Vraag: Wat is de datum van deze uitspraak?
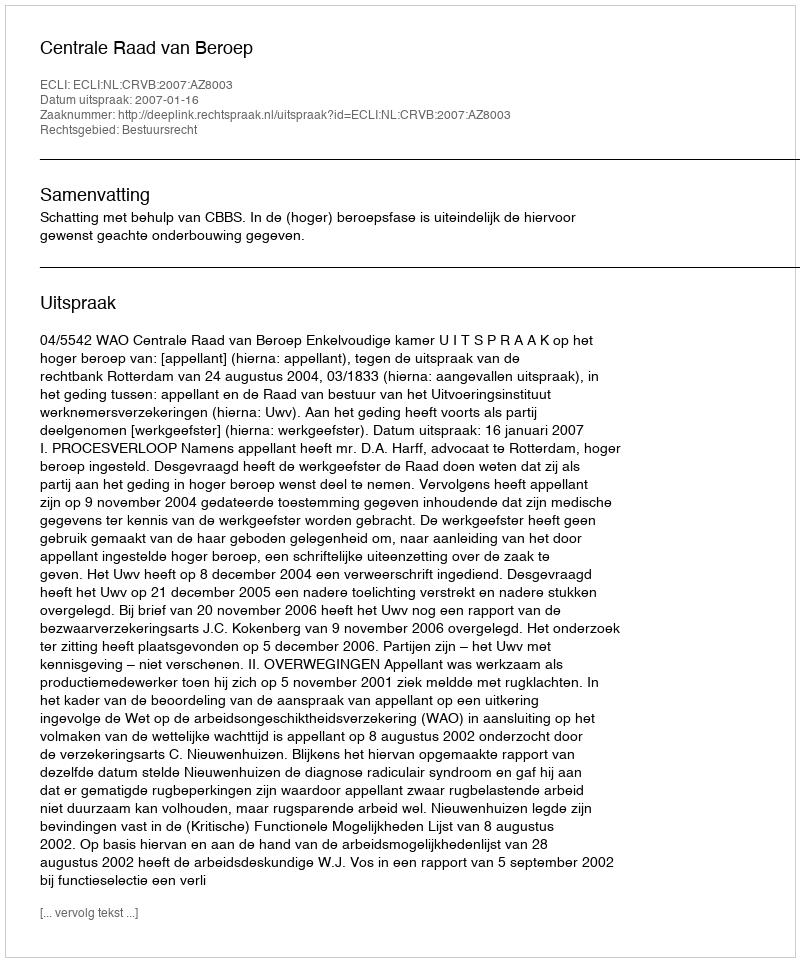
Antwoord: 2007-01-16